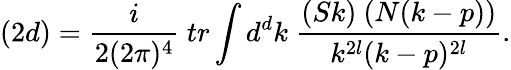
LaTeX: (2d)=\frac{i}{2(2\pi)^{4}}\ tr\int d^{d}k\ \frac{(Sk)\ (N(k-p))}{k^{2l}(k-p)^{2l}}.